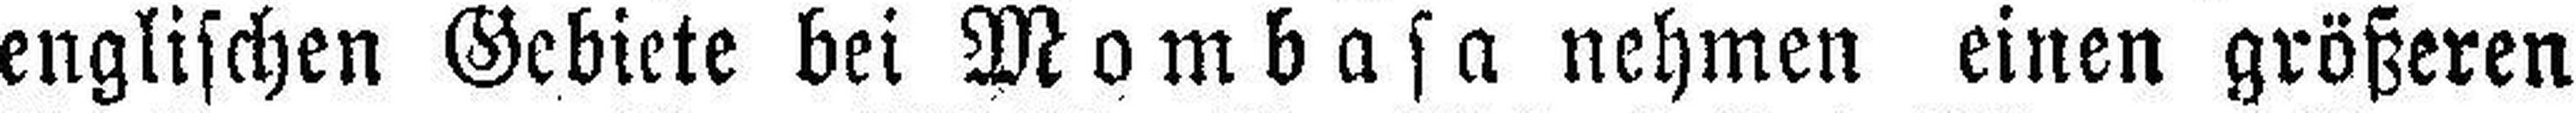
englischen Gebiete bei Mombasa nehmen einen größeren